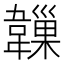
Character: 𩏙